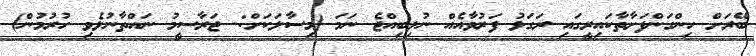
ބޭރަށް ހިންގަންފަށާތާކައިރީގައި ރަގަޅު ފަރުވާއެއް ނުލިބިއްޖެ ނަމަ (މިސާލަކަށް:- ޖަރާސީމު ނައްތާނުލެވި ހުރުމުން)